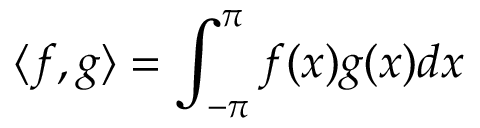
\langle f , g \rangle = \int _ { - \pi } ^ { \pi } f ( x ) g ( x ) d x